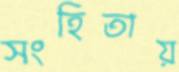
সংহিতায়